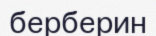
берберин